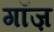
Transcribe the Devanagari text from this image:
गॉज़